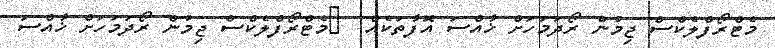
މެޓްރޯފްލެކްސް ޖިމުން ރޯދަމަހަށް ޚާއްސަ އޮފާތަކެއް  	މެޓްރޯފްލެކްސް ޖިމުން ރޯދަމަހަށް ޚާއްސަ